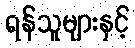
ရန်သူများနှင့်